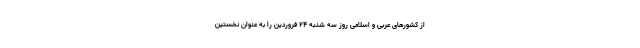
از کشورهای عربی و اسلامی روز سه شنبه ۲۴ فروردین را به عنوان نخستین